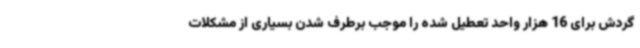
گردش برای 16 هزار واحد تعطیل شده را موجب برطرف شدن بسیاری از مشکلات